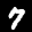
Label: 7